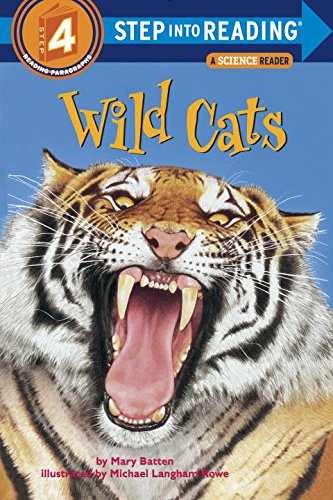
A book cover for Wild Cats (Step into Reading); Mary Batten; Children's Books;